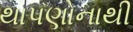
થાપણોનાથી